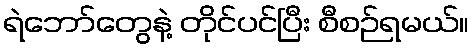
ရဲဘော်တွေနဲ့ တိုင်ပင်ပြီး စီစဉ်ရမယ်။